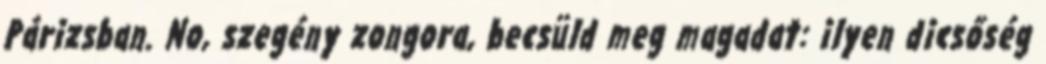
Párizsban. No, szegény zongora, becsüld meg magadat: ilyen dicsőség